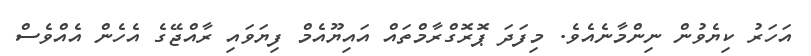
އަހަރު ކިޔެވުން ނިންމާނެއެވެ. މިފަދަ ޕޮރޮގްރާމްތައް އައިޔޫއެމް ފިޔަވައި ރާއްޖޭގެ އެހެން އެއްވެސް